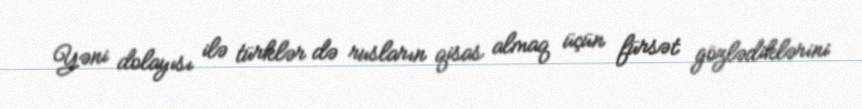
Yəni dolayısı ilə türklər də rusların qisas almaq üçün fürsət gözlədiklərini